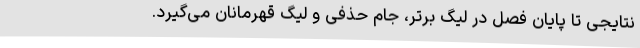
نتایجی تا پایان فصل در لیگ برتر، جام حذفی و لیگ قهرمانان می‌گیرد.